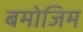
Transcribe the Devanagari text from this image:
बमोजिम